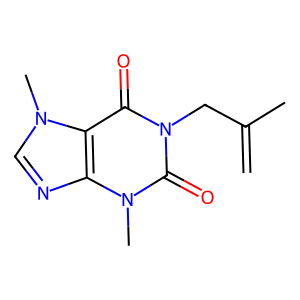
SMILES: C=C(C)Cn1c(=O)c2c(ncn2C)n(C)c1=O
Inhibits HIV replication: No